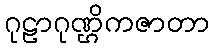
ဂုဠာဂုဏ္ဌိကဇာတာ